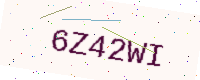
Text: 6Z42WI